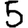
Digit: 5